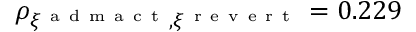
\rho _ { \xi ^ { \mathrm { ~ a ~ d ~ m ~ a ~ c ~ t ~ } } , \xi ^ { \mathrm { ~ r ~ e ~ v ~ e ~ r ~ t ~ } } } = 0 . 2 2 9